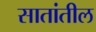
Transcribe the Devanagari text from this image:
सातांतील